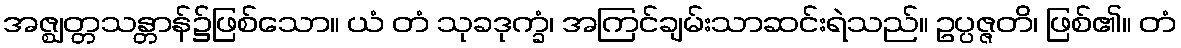
အဇ္ဈတ္တသန္တာန်၌ဖြစ်သော။ ယံ တံ သုခဒုက္ခံ၊ အကြင်ချမ်းသာဆင်းရဲသည်။ ဥပ္ပဇ္ဇတိ၊ ဖြစ်၏။ တံ